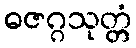
ဓဇဂ္ဂသုတ္တံ